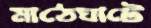
মাঠেঘাটে